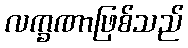
လက္ခဏာဖြစ်သည်